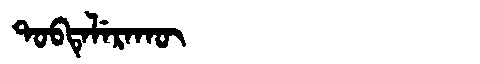
Manchu: ᡨᠣᠪᡨᡝᠯᡝᡵᠠᡴᡡ
Romanization: TOBTELERAKŪ